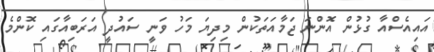
އައިއެސްއާ ގުޅުން އޮންނަ ޖަމާއަތަކުން މިދިޔަ މަހު ވަނީ ސައުދީ އަރަބިއާގައި ކޮންމެ